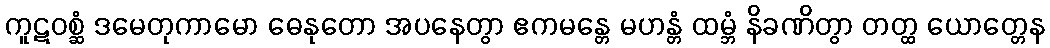
ကူဋဝစ္ဆံ ဒမေတုကာမော ဓေနုတော အပနေတွာ ဧကမန္တေ မဟန္တံ ထမ္ဘံ နိခဏိတွာ တတ္ထ ယောတ္တေန